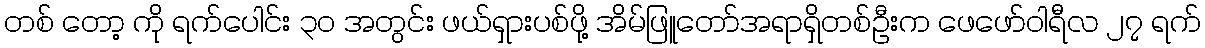
တစ် တော့ ကို ရက်ပေါင်း ၃၀ အတွင်း ဖယ်ရှားပစ်ဖို့ အိမ်ဖြူတော်အရာရှိတစ်ဦးက ဖေဖော်ဝါရီလ ၂၇ ရက်